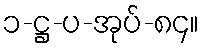
၁-ဋ္ဌ-ပ-အုပ်-၈၄။